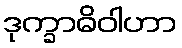
ဒုက္ခာဓိဝါဟာ